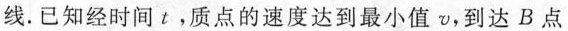
线。已知经时间t，质点的速度达到最小值v，到达B点